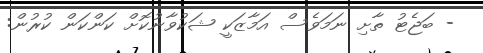
- ބަޖެޓު ތާށި ނަމަވެސް އަމާޒަކީ ޝަކުވާނުކޮށް ކަންކަން ކުރުން: